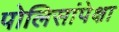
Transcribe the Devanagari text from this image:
पोलिसांपेक्षा